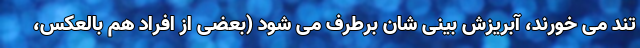
تند می خورند، آبریزش بینی شان برطرف می شود (بعضی از افراد هم بالعکس،